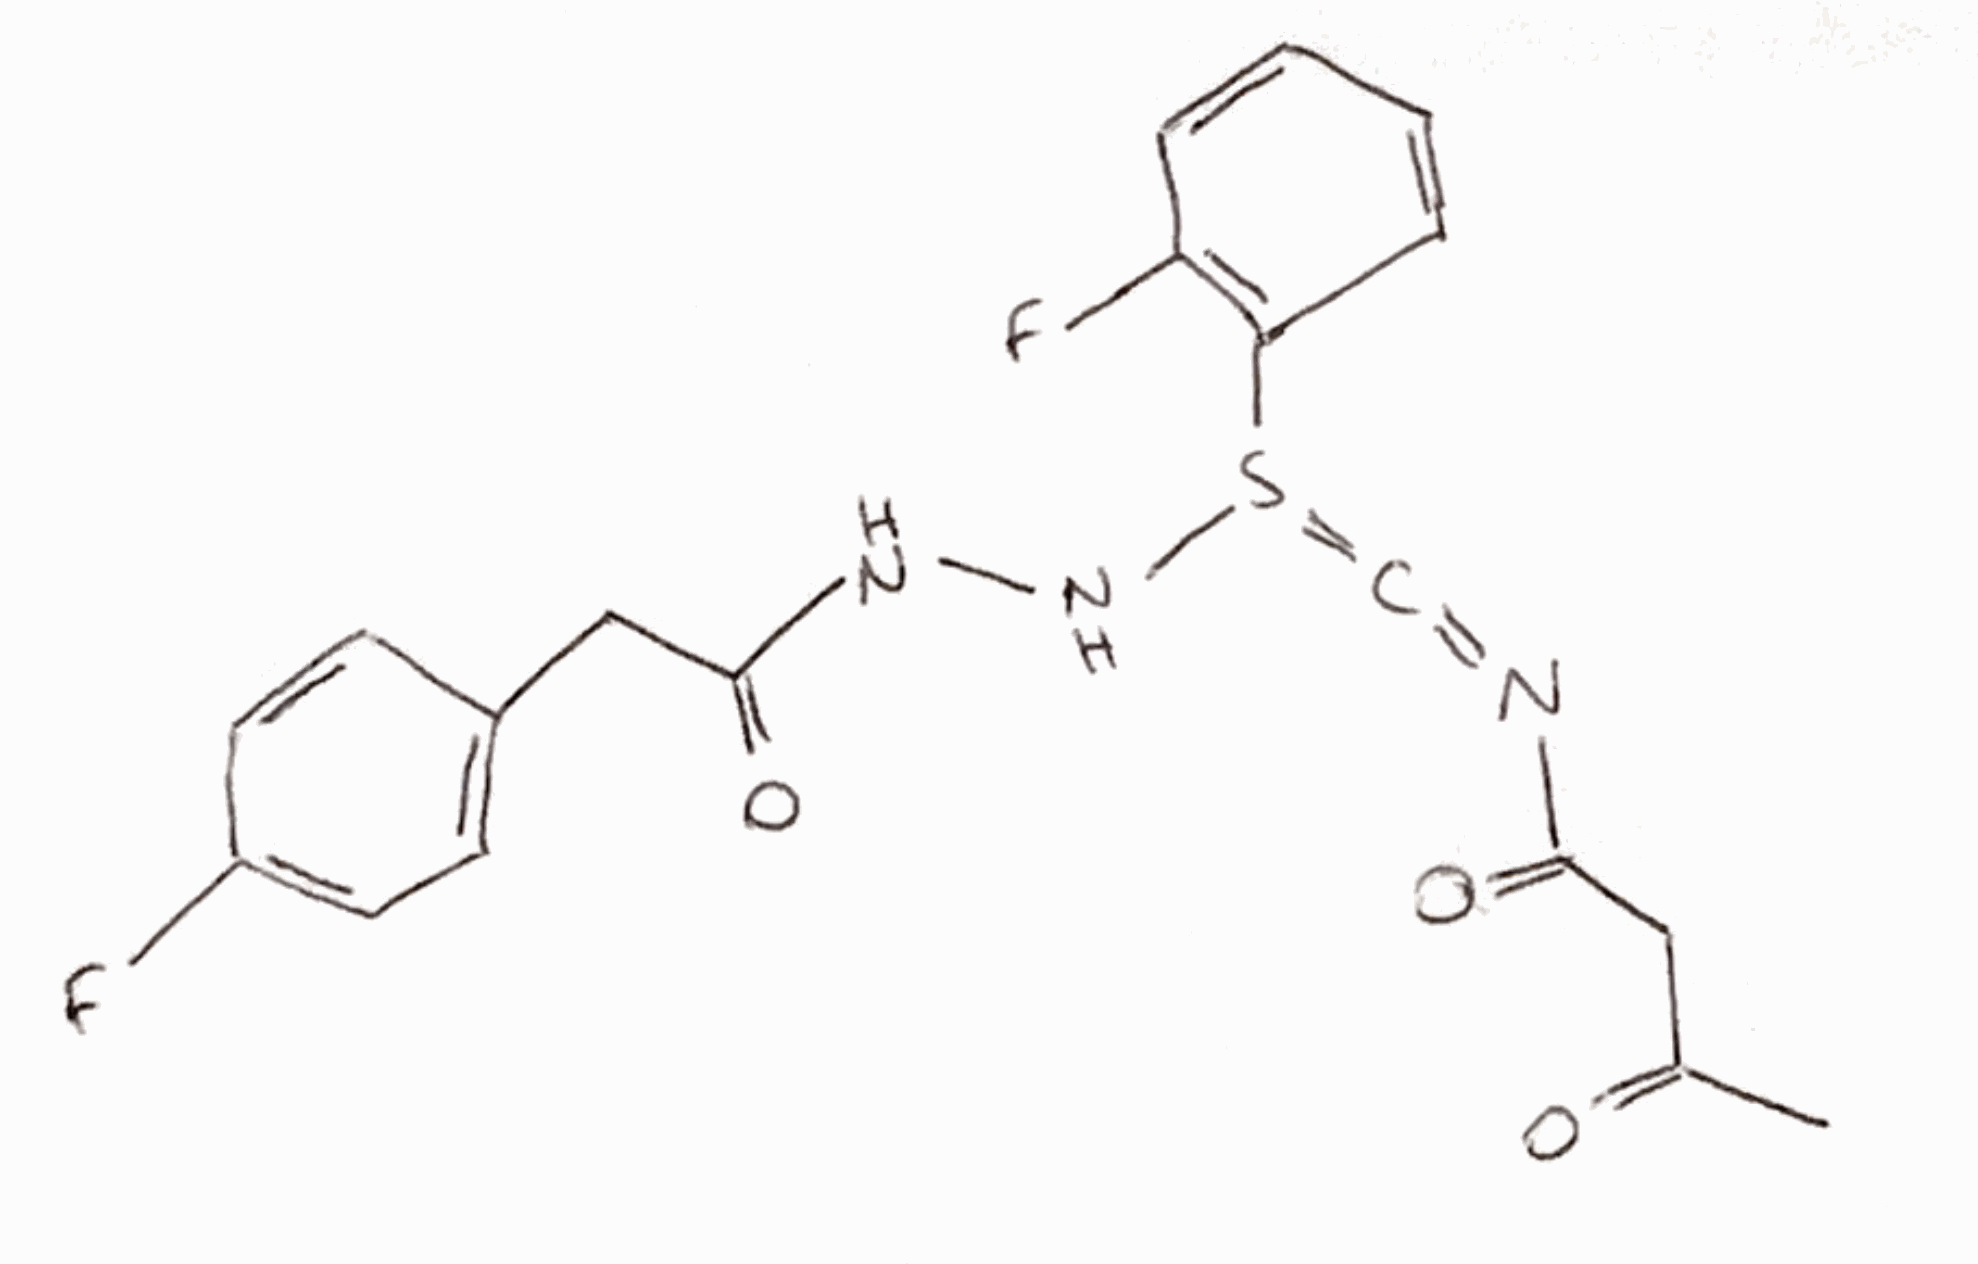
Simplified molecular-input line-entry system (SMILES) notation of the given molecule:
CC(=O)CC(=O)N=C=S(C1=C(C=C(C=C1)F)F)NNC(=O)CC2=CC=C(C=C2)F